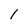
Character: 1